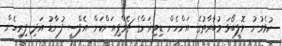
ކުޅެވުނު ވޮލީބޯޅަ މުބާރާތުގެ އަންހެން ޑިވިޜަންގެ ޗެމްޕިއަންކަން އެފްސީ ފުނާޑު އަދި ފިރިހެން